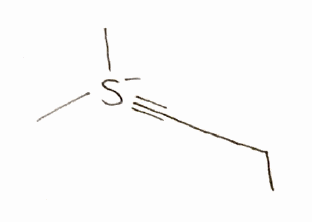
Simplified molecular-input line-entry system (SMILES) notation of the given molecule:
CCC#[S-](C)C